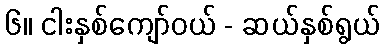
၆။ ငါးနှစ်ကျော်ဝယ် - ဆယ်နှစ်ရွယ်